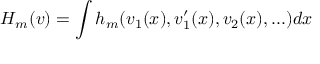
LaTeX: H _ { m } ( v ) = \int h _ { m } ( v _ { 1 } ( x ) , v _ { 1 } ^ { \prime } ( x ) , v _ { 2 } ( x ) , . . . ) d x